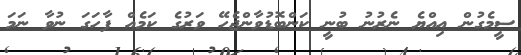
ސީމެގުން އިއްޔެ ނެރުނު ބުނީ ކަންބޮޑުވާންޖެހޭ ވަރުގެ ކަމެއް ފާހަގަ ނުވާ ނަމަ